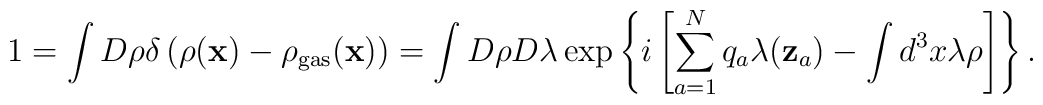
1=\int D\rho\delta\left(\rho({\bf x})-\rho_{\rm gas}({\bf x})\right)=\int D\rho D\lambda\exp\left\{i\left[\sum\limits_{a=1}^{N}q_a\lambda({\bf z}_a)-\int d^3x\lambda\rho\right]\right\}.